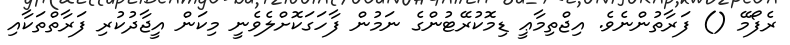
ރެފޯމޭ () ފަރާތުންނެވެ. އިޖްތިމާޢީ ޑިމޮކުރޭޓުންގެ ނަމުން ފާހަގަކޮށްލެވެނީ މިކަން އީޖާދުކުރި ފަރާތްތަކާއި